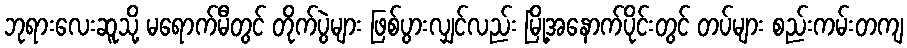
ဘုရားလေးဆူသို့ မရောက်မီတွင် တိုက်ပွဲများ ဖြစ်ပွားလျှင်လည်း မြို့အနောက်ပိုင်းတွင် တပ်များ စည်းကမ်းတကျ